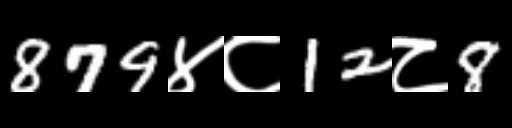
Text: 879४८12८8